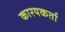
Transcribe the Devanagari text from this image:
कारयकर्ता